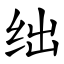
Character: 绌